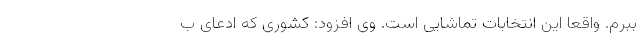
ببرم. واقعاً این انتخابات تماشایی است. وی افزود: کشوری که ادعای ب